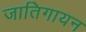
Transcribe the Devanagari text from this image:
जातिगायन